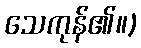
သေကုန်၏။)